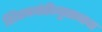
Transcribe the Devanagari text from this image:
शिवजयंतीत्युत्सवाचा